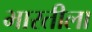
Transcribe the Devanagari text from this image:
भारतीला